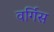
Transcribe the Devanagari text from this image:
वर्गिस